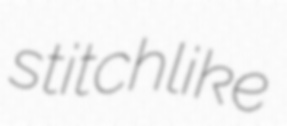
stitchlike